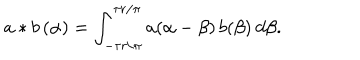
a \ast b \, ( \alpha ) = \int _ { - \tau r / \pi } ^ { \tau r / \pi } a ( \alpha - \beta ) \, b ( \beta ) \: d \beta .